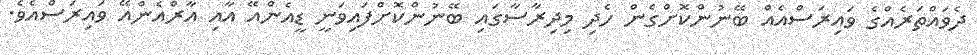
ދެވައްތަރެއްގެ ވައިރަސްއެއް ބޭނުންކޮށްގެން ހެދި މިދިރާސާގައި ބޭނުންކޮށްފައިވަނީ ޑީއެންއޭ އާއި އާރްއެންއޭ ވައިރަސްއެވެ.